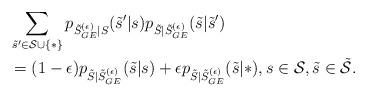
LaTeX: \begin{align*}&\sum\limits_{\tilde{s}'\in\mathcal{S}\cup\{\ast\}}p_{\tilde{S}^{(\epsilon)}_{GE}|S}(\tilde{s}'|s)p_{\tilde{S}|\tilde{S}^{(\epsilon)}_{GE}}(\tilde{s}|\tilde{s}')\\&=(1-\epsilon)p_{\tilde{S}|\tilde{S}^{(\epsilon)}_{GE}}(\tilde{s}|s)+\epsilon p_{\tilde{S}|\tilde{S}^{(\epsilon)}_{GE}}(\tilde{s}|\ast),s\in\mathcal{S}, \tilde{s}\in\tilde{\mathcal{S}}.\end{align*}